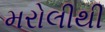
મરોલીથી